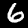
Label: 6